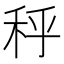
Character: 𰨣